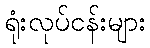
ရုံးလုပ်ငန်းများ